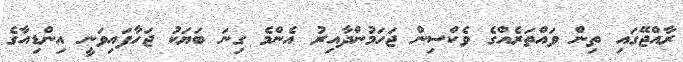
ރާއްޖޭގައި ތިން ވައްތަރެއްގެ ވެކްސިން ޖަހަމުންދާއިރު އެންމެ ގިނަ ބަޔަކު ޖަހާފައިވަނީ އިންޑިއާގެ